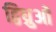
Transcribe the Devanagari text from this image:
द्विध्रुओं